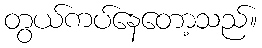
တွယ်ကပ်နေတော့သည်။